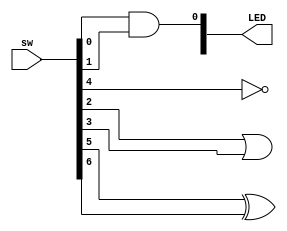
`timescale 1ns / 1ps
//////////////////////////////////////////////////////////////////////////////////
// Company: 
// Engineer: 
// 
// Design Name: 
// Module Name: basic_logic_gates
// Project Name: 
// Target Devices: 
// Tool Versions: 
// Description: 
// 
// Dependencies: 
// 
// Revision:
// Revision 0.01 - File Created
// Additional Comments:
// 
//////////////////////////////////////////////////////////////////////////////////


module basic_logic_gates(
    input [15:0] sw,
    output [15:0] LED
    );
    
    assign LED[0] = sw[0] && sw[1]; //AND gate
    assign LED[2] = sw[2] || sw[3]; //OR gate
    assign LED[4] = !sw[4]; //NOT gate
    assign LED[5] = sw[5] ^ sw[6]; //XOR gate
endmodule